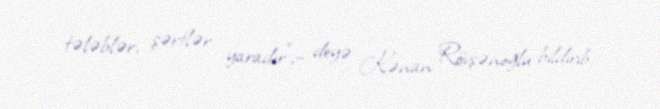
tələblər, şərtlər yaradır”,– deyə Kənan Rövşənoğlu bildirib.